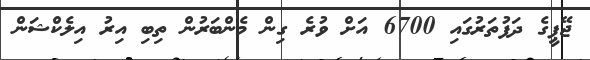
ޖޭޕީގެ ދަފުތަރުގައި 6700 އަށް ވުރެ ގިން މެންބަރުން ތިބި އިރު އިލެކްޝަން